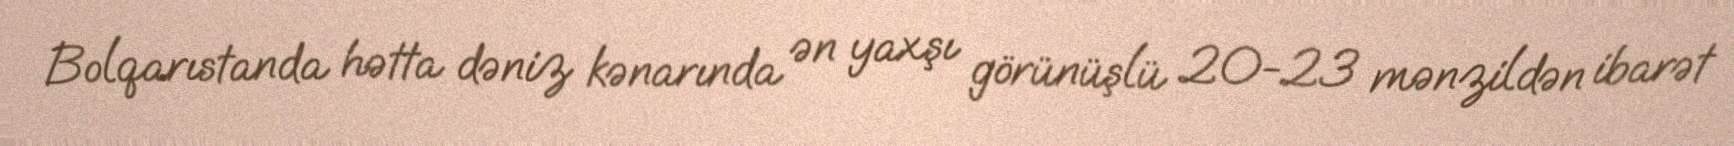
Bolqarıstanda hətta dəniz kənarında ən yaxşı görünüşlü 20-23 mənzildən ibarət